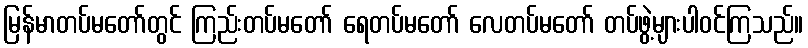
မြန်မာတပ်မတော်တွင် ကြည်းတပ်မတော် ရေတပ်မတော် လေတပ်မတော် တပ်ဖွဲ့များပါဝင်ကြသည်။